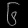
Digit: ၆